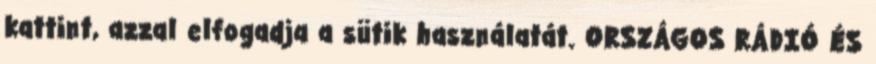
kattint, azzal elfogadja a sütik használatát. ORSZÁGOS RÁDIÓ ÉS